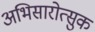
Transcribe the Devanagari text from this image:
अभिसारोत्सुक